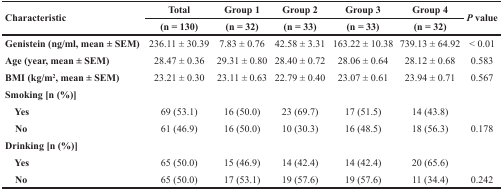
<table><thead><tr><td rowspan="2"><b>Characteristic</b></td><td><b>Total</b></td><td><b>Group 1</b></td><td><b>Group 2</b></td><td><b>Group 3</b></td><td><b>Group 4</b></td><td rowspan="2"><b><i>P</i> value</b></td></tr><tr><td><b>(n = 130)</b></td><td><b>(n = 32)</b></td><td><b>(n = 33)</b></td><td><b>(n = 33)</b></td><td><b>(n = 32)</b></td></tr></thead><tbody><tr><td><b>Genistein (ng/ml, mean ± SEM)</b></td><td>236.11 ± 30.39</td><td>7.83 ± 0.76</td><td>42.58 ± 3.31</td><td>163.22 ± 10.38</td><td>739.13 ± 64.92</td><td>&lt; 0.01</td></tr><tr><td><b>Age (year, mean ± SEM)</b></td><td>28.47 ± 0.36</td><td>29.31 ± 0.80</td><td>28.40 ± 0.72</td><td>28.06 ± 0.64</td><td>28.12 ± 0.68</td><td>0.583</td></tr><tr><td><b>BMI (kg/m<sup>2</sup>, mean ± SEM)</b></td><td>23.21 ± 0.30</td><td>23.11 ± 0.63</td><td>22.79 ± 0.40</td><td>23.07 ± 0.61</td><td>23.94 ± 0.71</td><td>0.567</td></tr><tr><td><b>Smoking [n (%)]</b></td><td></td><td></td><td></td><td></td><td></td><td></td></tr><tr><td> <b>Yes</b></td><td>69 (53.1)</td><td>16 (50.0)</td><td>23 (69.7)</td><td>17 (51.5)</td><td>14 (43.8)</td><td></td></tr><tr><td> <b>No</b></td><td>61 (46.9)</td><td>16 (50.0)</td><td>10 (30.3)</td><td>16 (48.5)</td><td>18 (56.3)</td><td>0.178</td></tr><tr><td><b>Drinking [n (%)]</b></td><td></td><td></td><td></td><td></td><td></td><td></td></tr><tr><td> <b>Yes</b></td><td>65 (50.0)</td><td>15 (46.9)</td><td>14 (42.4)</td><td>14 (42.4)</td><td>20 (65.6)</td><td></td></tr><tr><td> <b>No</b></td><td>65 (50.0)</td><td>17 (53.1)</td><td>19 (57.6)</td><td>19 (57.6)</td><td>11 (34.4)</td><td>0.242</td></tr></tbody></table>